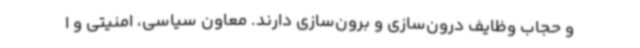
و حجاب وظایف درون‌سازی و برون‌سازی دارند. معاون سیاسی، امنیتی و ا